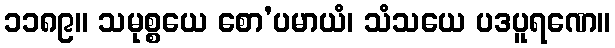
၁၁၈၉။ သမုစ္စယေ စော’ပမာယံ၊ သံသယေ ပဒပူရဏေ။